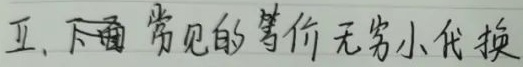
五、下面常见的等价无穷小代换